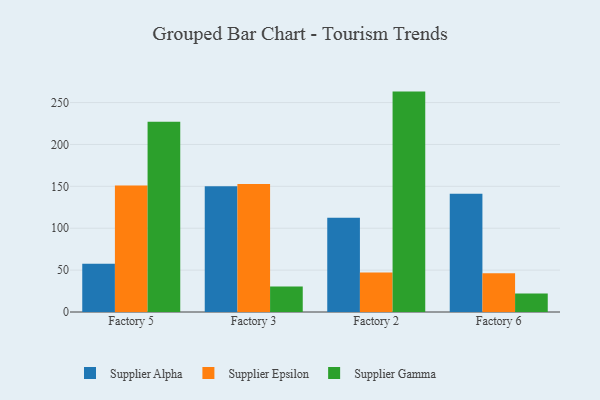
{"axis": {"x": "Factory", "y": "Population (Million)"}, "legend": ["Supplier Alpha", "Supplier Epsilon", "Supplier Gamma"], "data": [{"x": "Factory 5", "y": 57.6, "type": "Supplier Alpha"}, {"x": "Factory 5", "y": 150.9, "type": "Supplier Epsilon"}, {"x": "Factory 5", "y": 227.2, "type": "Supplier Gamma"}, {"x": "Factory 3", "y": 150.0, "type": "Supplier Alpha"}, {"x": "Factory 3", "y": 152.8, "type": "Supplier Epsilon"}, {"x": "Factory 3", "y": 30.5, "type": "Supplier Gamma"}, {"x": "Factory 2", "y": 112.5, "type": "Supplier Alpha"}, {"x": "Factory 2", "y": 47.1, "type": "Supplier Epsilon"}, {"x": "Factory 2", "y": 263.1, "type": "Supplier Gamma"}, {"x": "Factory 6", "y": 141.1, "type": "Supplier Alpha"}, {"x": "Factory 6", "y": 46.2, "type": "Supplier Epsilon"}, {"x": "Factory 6", "y": 22.2, "type": "Supplier Gamma"}]}